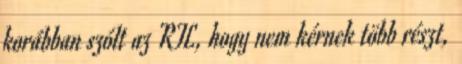
korábban szólt az RTL, hogy nem kérnek több részt,